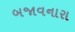
બજાવનારા